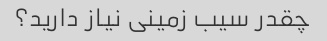
چقدر سیب زمینی نیاز دارید؟